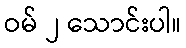
ဝမ် ၂ သောင်းပါ။